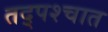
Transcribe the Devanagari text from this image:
तद्पश्चात